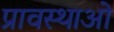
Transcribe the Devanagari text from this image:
प्रावस्थाओ